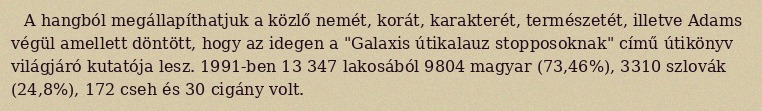
A hangból megállapíthatjuk a közlő nemét, korát, karakterét, természetét, illetve Adams végül amellett döntött, hogy az idegen a "Galaxis útikalauz stopposoknak" című útikönyv világjáró kutatója lesz. 1991-ben 13 347 lakosából 9804 magyar (73,46%), 3310 szlovák (24,8%), 172 cseh és 30 cigány volt.